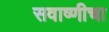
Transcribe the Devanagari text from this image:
सवाष्णीचा